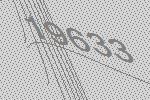
19633